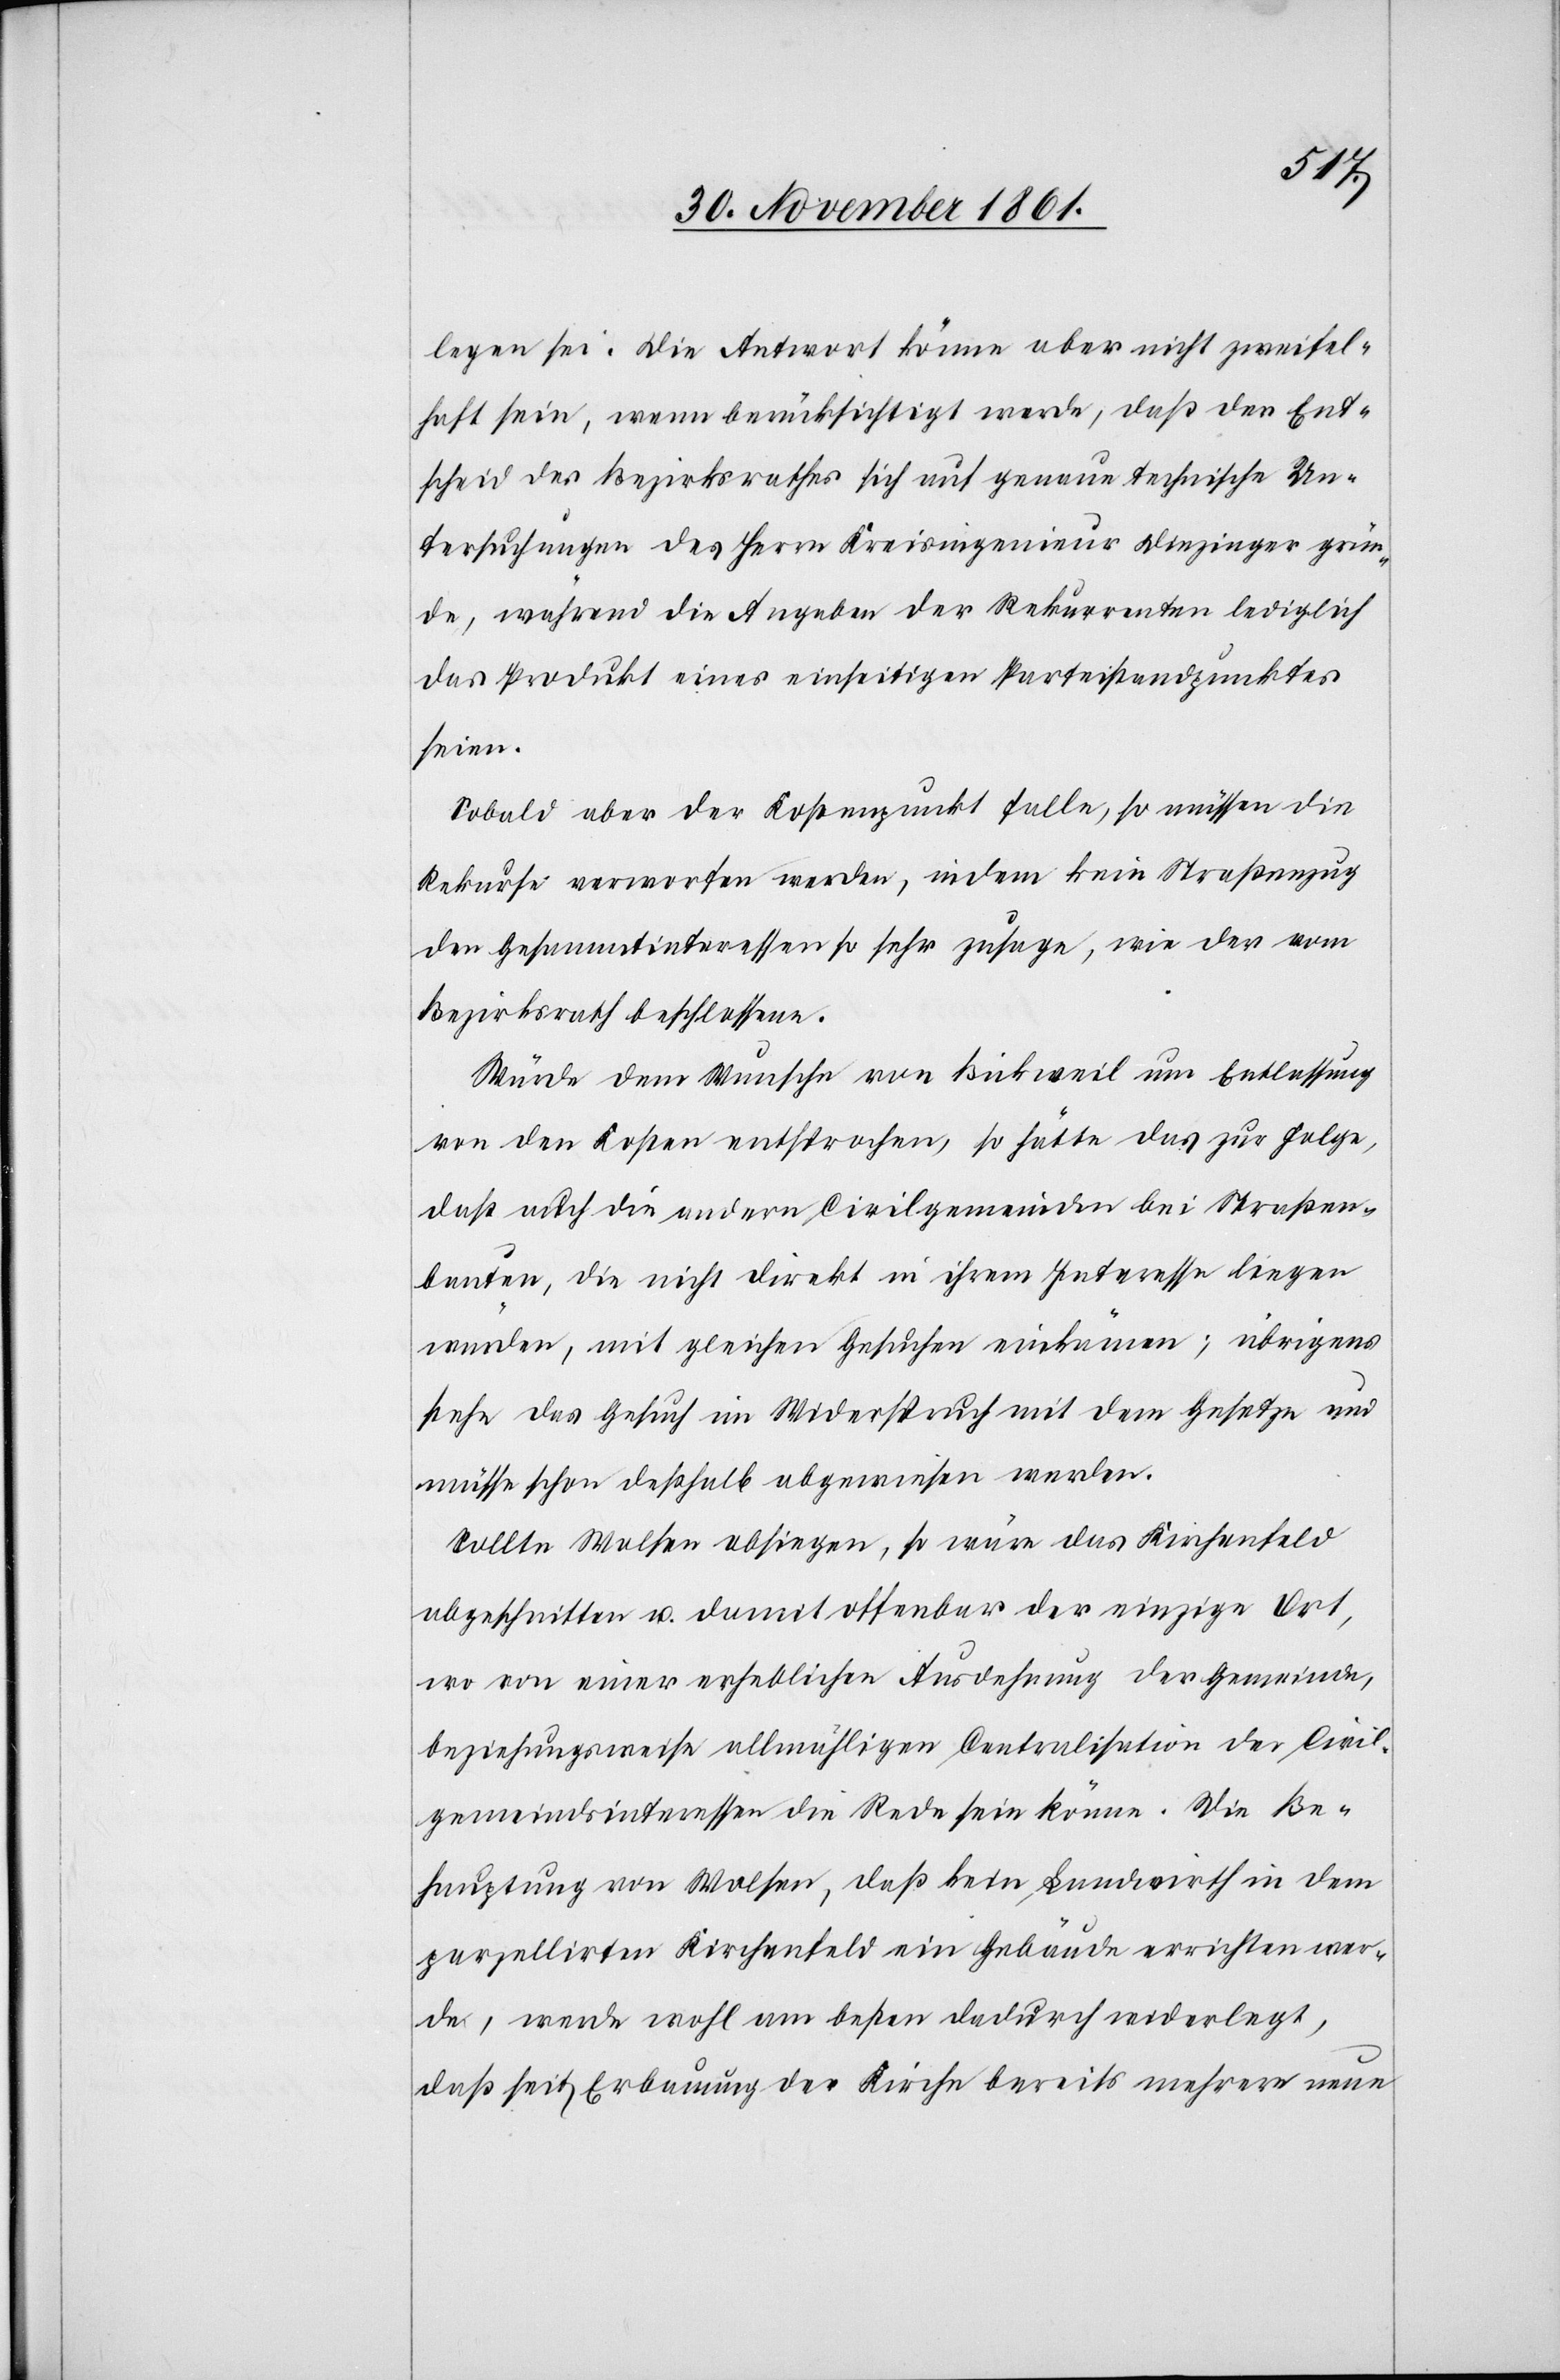
legen sei. Die Antwort könne aber nicht zweifel¬
haft sein, wenn berücksichtigt werde, daß der Ent¬
scheid des Bezirksrathes sich auf genaue technische Un¬
tersuchungen des Herrn Kreisingenieur Diezinger grün¬
de, während die Angaben der Rekurrenten lediglich
das Produkt eines einseitigen Parteistandpunktes
seien.
Sobald aber der Kostenpunkt falle, so müssen die
Rekurse verworfen werden, indem kein Straßenzug
den Gesammtinteressen so sehr zusage, wie der vom
Bezirksrath beschlossene.
Würde dem Wunsche von Bickweil um Entlassung
von den Kosten entsprochen, so hätte das zur Folge,
daß auch die andern Civilgemeinden bei Straßen¬
bauten, die nicht direkt in ihrem Interesse liegen
würden, mit gleichen Gesuchen einkämen; übrigens
stehe das Gesuch im Widerspruch mit dem Gesetze und
müsse schon deßhalb abgewiesen werden.
Sollte Wolsen obliegen, so wäre das Kirchenfeld
abgeschnitten u. damit offenbar der einzige Ort,
wo von einer erheblichen Ausdehnung der Gemeinde,
beziehungsweise allmähligen Centralisation der Civil¬
gemeindsinteressen die Rede sein könnte. Die Be¬
hauptung von Wolsen, daß kein Landwirth in dem
parzellirten Kirchenfeld ein Gebäude errichten wer¬
de, werde wohl am besten dadurch widerlegt,
daß seit Erbauung der Kirche bereits mehrere neue